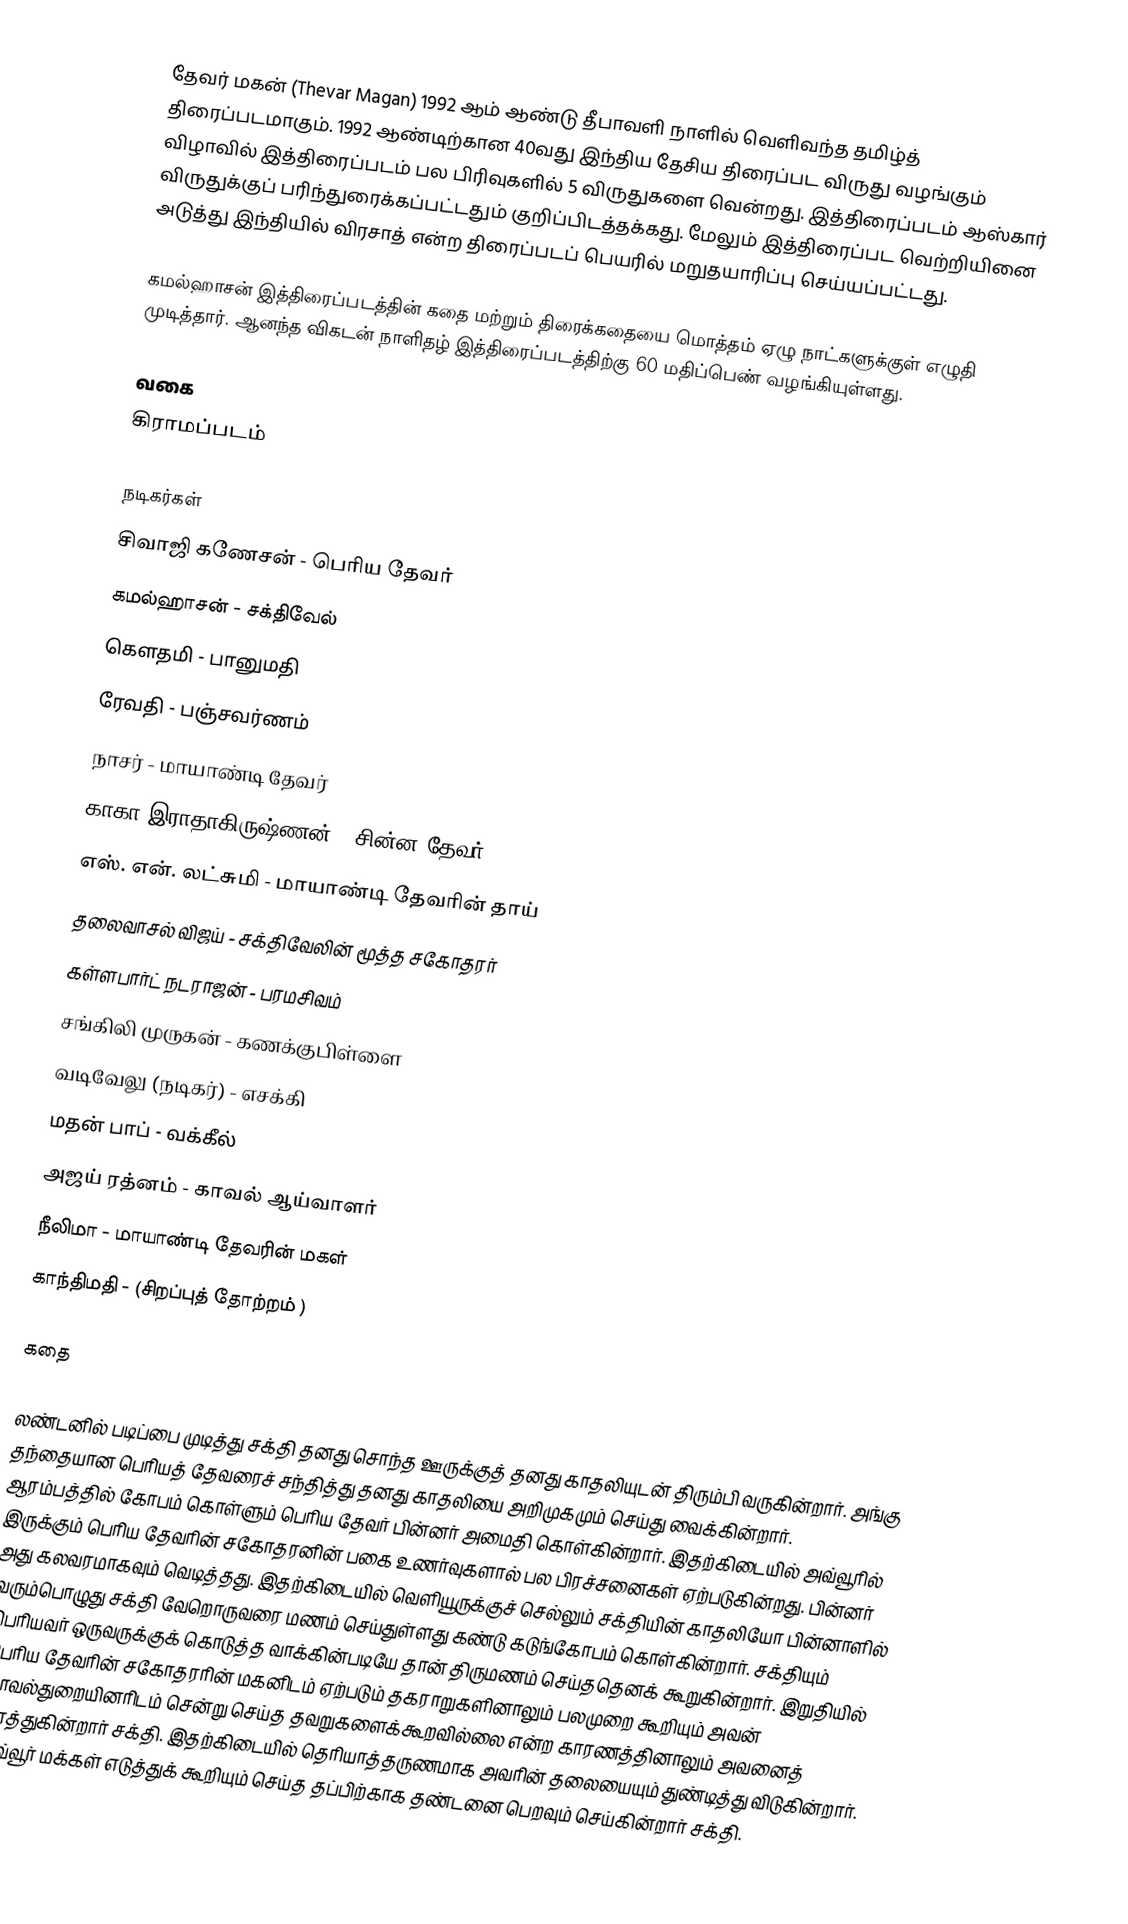
தேவர் மகன் (Thevar Magan) 1992 ஆம் ஆண்டு தீபாவளி நாளில் வெளிவந்த தமிழ்த் திரைப்படமாகும். 1992 ஆண்டிற்கான 40வது இந்திய தேசிய திரைப்பட விருது வழங்கும் விழாவில் இத்திரைப்படம் பல பிரிவுகளில் 5 விருதுகளை வென்றது. இத்திரைப்படம் ஆஸ்கார் விருதுக்குப் பரிந்துரைக்கப்பட்டதும் குறிப்பிடத்தக்கது. மேலும் இத்திரைப்பட வெற்றியினை அடுத்து இந்தியில் விரசாத் என்ற திரைப்படப் பெயரில் மறுதயாரிப்பு செய்யப்பட்டது.

கமல்ஹாசன் இத்திரைப்படத்தின் கதை மற்றும் திரைக்கதையை மொத்தம் ஏழு நாட்களுக்குள் எழுதி முடித்தார். ஆனந்த விகடன் நாளிதழ் இத்திரைப்படத்திற்கு 60 மதிப்பெண் வழங்கியுள்ளது.

வகை
கிராமப்படம்

நடிகர்கள்
 சிவாஜி கணேசன் - பெரிய தேவர்
 கமல்ஹாசன் - சக்திவேல்
 கௌதமி - பானுமதி
 ரேவதி - பஞ்சவர்ணம்
 நாசர் - மாயாண்டி தேவர்
 காகா இராதாகிருஷ்ணன் - சின்ன தேவர்
 எஸ். என். லட்சுமி - மாயாண்டி தேவரின் தாய்
 தலைவாசல் விஜய் - சக்திவேலின் மூத்த சகோதரர்
 கள்ளபார்ட் நடராஜன் - பரமசிவம்
 சங்கிலி முருகன் - கணக்குபிள்ளை
 வடிவேலு (நடிகர்) - எசக்கி
 மதன் பாப் - வக்கீல்
 அஜய் ரத்னம் - காவல் ஆய்வாளர்
 நீலிமா - மாயாண்டி தேவரின் மகள்
 காந்திமதி - (சிறப்புத் தோற்றம் )

கதை

லண்டனில் படிப்பை முடித்து சக்தி தனது சொந்த ஊருக்குத் தனது காதலியுடன் திரும்பி வருகின்றார். அங்கு தந்தையான பெரியத் தேவரைச் சந்தித்து தனது காதலியை அறிமுகமும் செய்து வைக்கின்றார். ஆரம்பத்தில் கோபம் கொள்ளும் பெரிய தேவர் பின்னர் அமைதி கொள்கின்றார். இதற்கிடையில் அவ்வூரில் இருக்கும் பெரிய தேவரின் சகோதரனின் பகை உணர்வுகளால் பல பிரச்சனைகள் ஏற்படுகின்றது. பின்னர் அது கலவரமாகவும் வெடித்தது. இதற்கிடையில் வெளியூருக்குச் செல்லும் சக்தியின் காதலியோ பின்னாளில் வரும்பொழுது சக்தி வேறொருவரை மணம் செய்துள்ளது கண்டு கடுங்கோபம் கொள்கின்றார். சக்தியும் பெரியவர் ஒருவருக்குக் கொடுத்த வாக்கின்படியே தான் திருமணம் செய்ததெனக் கூறுகின்றார். இறுதியில் பெரிய தேவரின் சகோதரரின் மகனிடம் ஏற்படும் தகராறுகளினாலும் பலமுறை கூறியும் அவன் காவல்துறையினரிடம் சென்று செய்த தவறுகளைக்கூறவில்லை என்ற காரணத்தினாலும் அவனைத் துரத்துகின்றார் சக்தி. இதற்கிடையில் தெரியாத்தருணமாக அவரின் தலையையும் துண்டித்து விடுகின்றார். அவ்வூர் மக்கள் எடுத்துக் கூறியும் செய்த தப்பிற்காக தண்டனை பெறவும் செய்கின்றார் சக்தி.